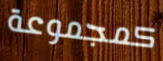
كمجموعة